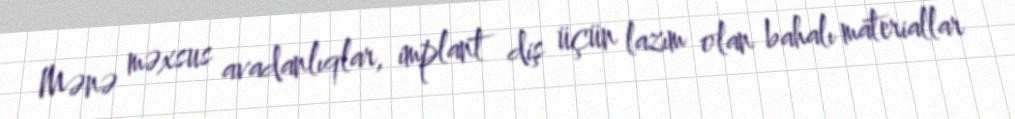
Mənə məxsus avadanlıqlar, implant diş üçün lazım olan bahalı materiallar